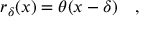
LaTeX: r _ { \delta } ( x ) = \theta ( x - \delta ) \quad ,